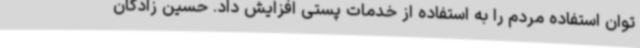
توان استفاده مردم را به استفاده از خدمات پستی افزایش داد. حسین زادگان